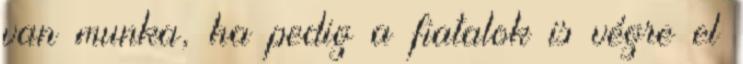
van munka, ha pedig a fiatalok is végre el